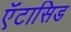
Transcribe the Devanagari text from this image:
ऍंटासिड